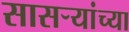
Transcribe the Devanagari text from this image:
सासऱ्यांच्या